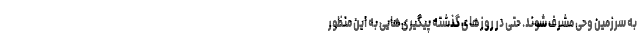
به سرزمین وحی مشرف شوند. حتی در روزهای گذشته پیگیری‌هایی به این منظور